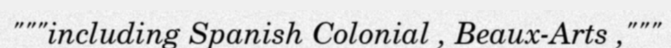
"""including Spanish Colonial , Beaux-Arts ,"""